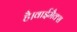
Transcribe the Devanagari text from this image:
है।वाईमैक्स